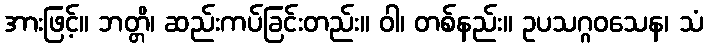
အားဖြင့်။ ဘတ္တိ၊ ဆည်းကပ်ခြင်းတည်း။ ဝါ၊ တစ်နည်း။ ဥပသဂ္ဂဝသေန၊ သံ